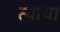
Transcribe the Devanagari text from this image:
त्याया